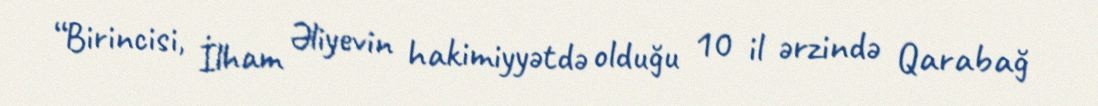
“Birincisi, İlham Əliyevin hakimiyyətdə olduğu 10 il ərzində Qarabağ